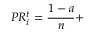
P R _ { i } ^ { t } = \frac { 1 - a } { n } +